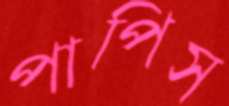
পাপিস